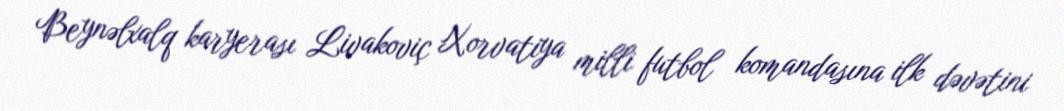
Beynəlxalq karyerası Livakoviç Xorvatiya milli futbol komandasına ilk dəvətini